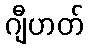
ဂျီဟတ်